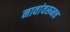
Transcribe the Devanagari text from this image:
नावांवरूनच